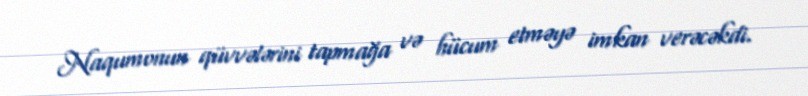
Naqumonun qüvvələrini tapmağa və hücum etməyə imkan verəcəkdi.